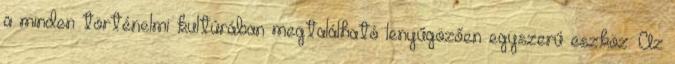
a minden történelmi kultúrában megtalálható lenyűgözően egyszerű eszköz. Az